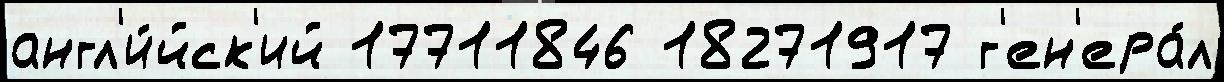
англ'и́йск'ий 17711846 18271917 г'ен'ера́л